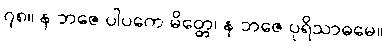
၇၈။ န ဘဇေ ပါပကေ မိတ္တေ၊ န ဘဇေ ပုရိသာဓမေ။